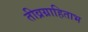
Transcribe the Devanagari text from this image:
तीव्रग्राहिताभ